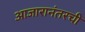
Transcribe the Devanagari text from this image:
आजारानंतरची